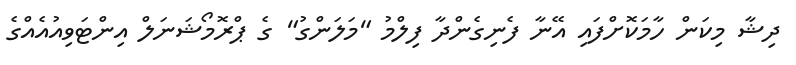
ދިޝާ މިކަން ހާމަކޮށްފައި އޭނާ ފެނިގެންދާ ފިލްމު "މަލަންގު" ގެ ޕްރޮމޯޝަނަލް އިންޓަވިއުއެއްގެ